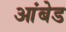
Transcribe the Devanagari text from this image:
आंबेड